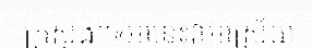
ក្រសួង។«អានេះវាអាស្រ័យ